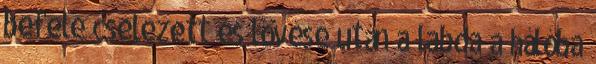
befele cselezett és lövése után a labda a hálóba